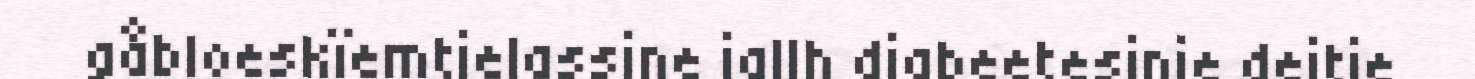
gåbloeskïemtjelassine jallh diabeetesinie dejtie